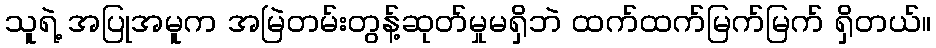
သူရဲ့ အပြုအမူက အမြဲတမ်းတွန့်ဆုတ်မှုမရှိဘဲ ထက်ထက်မြက်မြက် ရှိတယ်။